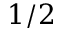
1 / 2